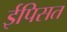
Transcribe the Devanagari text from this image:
ईपिसत